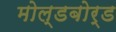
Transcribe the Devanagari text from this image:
मोल्डबोर्ड